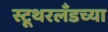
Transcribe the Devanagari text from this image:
स्टूथरलँडच्या